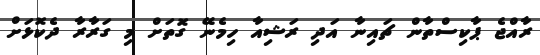
ރާއްޖެ ޕާކިސްތާން ޗައިނާ އަދި ރަޝިއާ ހިމެނޭ ގޮތަށް މި ގަރާރާ ދެކޮޅަށް